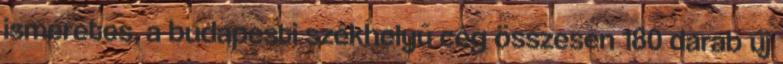
ismeretes, a budapesti székhelyű cég összesen 180 darab új